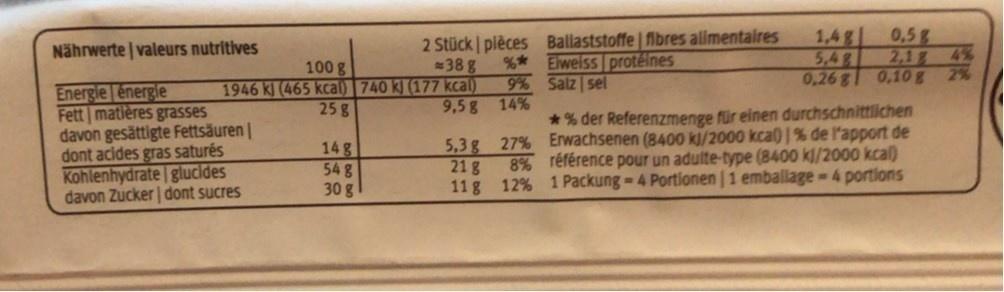
2 Stück pièces Ballaststoffe fibres alimentaires 38 g
1,4g 5,48 0,26g
0,5g 2,1 4% 2%
Nährwerte | valeurs nutritives
100 g 1946 kJ (465 kcal) | 740 k) (177 kcal) 25 g
%* Elweiss protéines 9% Salz sel
0,10g
Energie énergie Fett matières grasses davon gesättigte Fettsäuren | dont acides gras saturés Kohlenhydrate glucides davon Zucker | dont sucres
9,5g 14%
* % der Referenzmenge für einen durchschnittlichen
5,3 g 27% Erwachsenen (8400 kl/2000 kcal) |% de l'apport de
14 g 54 g 30 g
21 g
8% référence pour un adulte-type (8400 kl/2000 kcal)
11 g 12% 1 Packung= 4 Portlonen | 1 emballage - 4 portions